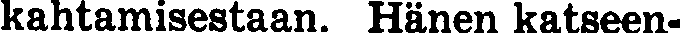
kahtamisestaan. Hänen katseen-